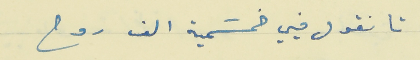
تا نقول فيي خمسَمية الف روح